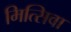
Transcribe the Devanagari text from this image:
मित्सिवा